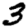
Digit: 3